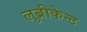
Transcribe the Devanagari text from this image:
लुब्रीकेन्ट